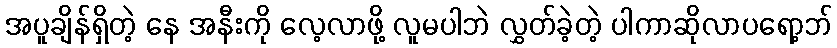
အပူချိန်ရှိတဲ့ နေ အနီးကို လေ့လာဖို့ လူမပါဘဲ လွှတ်ခဲ့တဲ့ ပါကာဆိုလာပရော့ဘ်